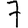
Digit: 7